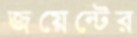
জয়েন্টের